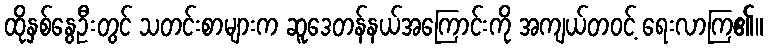
ထိုနှစ်နွေဦးတွင် သတင်းစာများက ဆူဒေတန်နယ်အကြောင်းကို အကျယ်တဝင့် ရေးလာကြ၏။